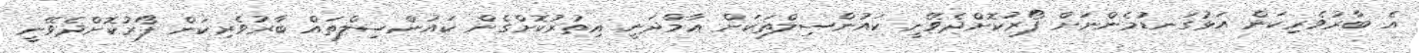
އެ ބާރުވެރިކަން އަޅުގަނޑުމެންނަށް ފޯރުކޮށްދެވޭނީ ކައުންސިލްތަކަށް ޢާމްދަނީ އިތުރުކޮށްގެން ކައުންސިލްތައް ބާރުވެރިކަން ފޯރުކޮށްދެވޭނީ